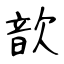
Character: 歆